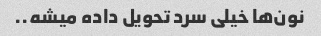
نون‌ها خیلی سرد تحویل داده میشه..